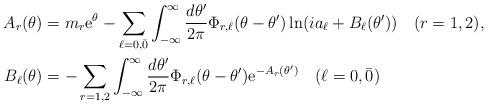
LaTeX: \begin{align*}A_r(\theta)&=m_r {\rm e}^{\theta} -\sum_{\ell =0,\bar{0}}\int_{-\infty}^{\infty} \frac{d\theta'}{2\pi}\Phi_{r,\ell} (\theta-\theta') \ln (i a_{\ell}+B_{\ell}(\theta') ) \quad(r=1,2), \\B_{\ell}(\theta)&= -\sum_{r=1,2 }\int_{-\infty}^{\infty} \frac{d\theta'}{2\pi}\Phi_{r,\ell} (\theta-\theta'){\rm e}^{ -A_r(\theta') } \quad(\ell=0,\bar{0}) \end{align*}